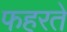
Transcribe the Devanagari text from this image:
फहरते